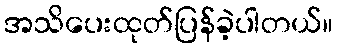
အသိပေးထုတ်ပြန်ခဲ့ပါတယ်။